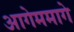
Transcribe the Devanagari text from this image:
आगेममागे